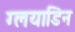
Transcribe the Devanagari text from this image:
ग्लयाडिन